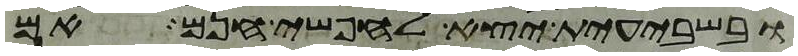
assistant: ובשבעית יצא לחפשי חנם אם